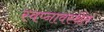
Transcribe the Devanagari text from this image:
स्वप्नावस्थेंत